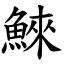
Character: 鯠